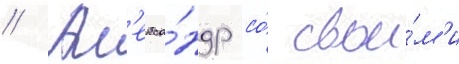
// Ал'екса́ндр со́ свои́м'и